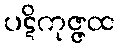
ပဋိကုဇ္ဇထ